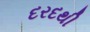
દરદથી